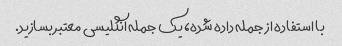
با استفاده از جمله داده شده، یک جمله انگلیسی معتبر بسازید.